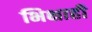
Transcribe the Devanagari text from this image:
भिक्षाही